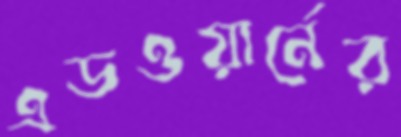
এডওয়ার্নের